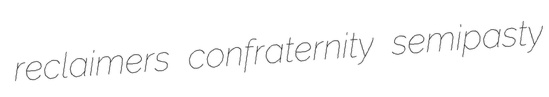
reclaimers confraternity semipasty